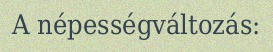
A népességváltozás: